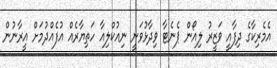
އެމެރިކާގެ ދިފާއީ ވަޒީރު ލިއޯން ޕެނެޓާ ވިދާޅުވަނީ ނިއުކްލިއާ ހަތިޔާރެއް އުފެއްދުމަށް އީރާނުން